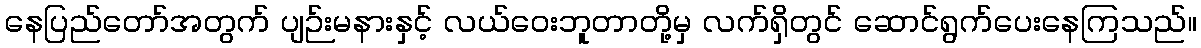
နေပြည်တော်အတွက် ပျဉ်းမနားနှင့် လယ်ဝေးဘူတာတို့မှ လက်ရှိတွင် ဆောင်ရွက်ပေးနေကြသည်။